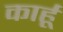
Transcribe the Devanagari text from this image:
कार्हू